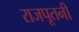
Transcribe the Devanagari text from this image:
राजपूतनी